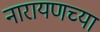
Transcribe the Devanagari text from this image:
नारायणच्या